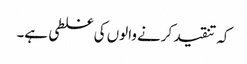
کہ تنقید کرنے والوں کی غلطی ہے۔